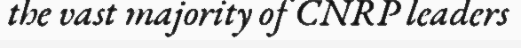
the vast majority of CNRP leaders